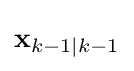
\mathbf {x} _{k-1\mid k-1}